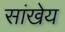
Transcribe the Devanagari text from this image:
सांखेय